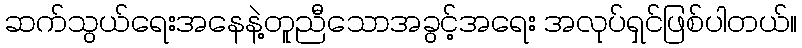
ဆက်သွယ်ရေးအနေနဲ့တူညီသောအခွင့်အရေး အလုပ်ရှင်ဖြစ်ပါတယ်။